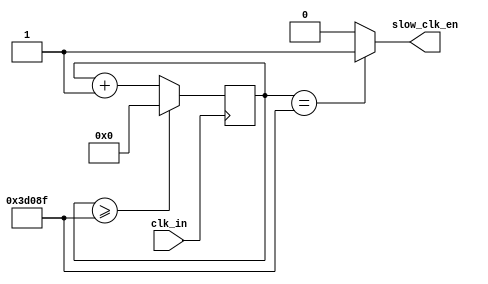
`timescale 1ns / 1ps
//////////////////////////////////////////////////////////////////////////////////
// Company: 
// Engineer: 
// 
// Design Name: 
// Module Name: clk_en
// Project Name: 
// Target Devices: 
// Tool Versions: 
// Description: 
// 
// Dependencies: 
// 
// Revision:
// Revision 0.01 - File Created
// Additional Comments:
// 
//////////////////////////////////////////////////////////////////////////////////


module clk_en(
    input clk_in,
    output slow_clk_en
    );
    
    reg[26:0] counter = 0;
    always @(posedge clk_in)
        begin
            counter <= (counter >= 249999) ? 0:counter + 1;
        end
        
    assign slow_clk_en = (counter == 249999) ? 1'b1: 1'b0;
        
endmodule